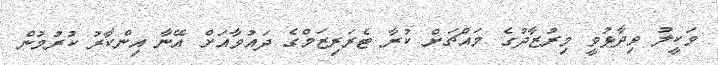
ވަކީލު ވިދާޅުވީ މިރުޒާދުގެ މައްޗަށް ކުރާ ޓެރަރިޒަމްގެ ދައުވާއަށް އޭނާ އިންކާރު ކުރުމުން